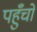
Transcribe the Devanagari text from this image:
पहुँचो